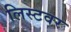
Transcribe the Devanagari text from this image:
लिस्टवर